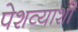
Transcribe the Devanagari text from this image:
पेशव्याशी